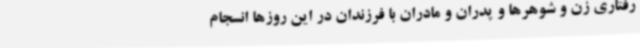
رفتاری زن و شوهرها و پدران و مادران با فرزندان در این روزها انسجام